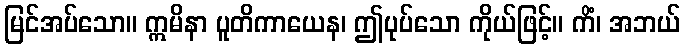
မြင်အပ်သော။ ဣမိနာ ပူတိကာယေန၊ ဤပုပ်သော ကိုယ်ဖြင့်။ ကိံ၊ အဘယ်